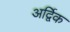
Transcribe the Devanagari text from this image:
अर्द्विक